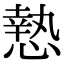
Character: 慹